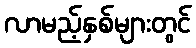
လာမည့်နှစ်များတွင်